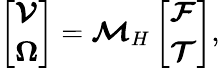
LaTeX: \left[\begin{array}{l}{\boldsymbol{\mathcal{V}}}\\ {\boldsymbol{{\Omega}}}\end{array}\right]=\boldsymbol{\mathcal{M}}_{H}\left[\begin{array}{l}{\boldsymbol{\mathcal{F}}}\\ {\boldsymbol{\mathcal{T}}}\end{array}\right],